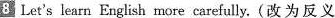
8 Let's learn English more carefully.(改为反义